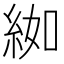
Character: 𦀌